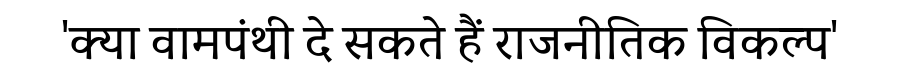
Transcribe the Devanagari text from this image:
'क्या वामपंथी दे सकते हैं राजनीतिक विकल्प'